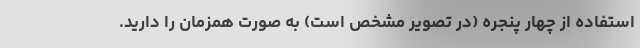
استفاده از چهار پنجره (در تصویر مشخص است) به صورت همزمان را دارید.